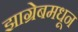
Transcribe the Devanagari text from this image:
झाग्रेबमधून